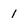
Character: 1